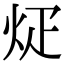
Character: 𪸢